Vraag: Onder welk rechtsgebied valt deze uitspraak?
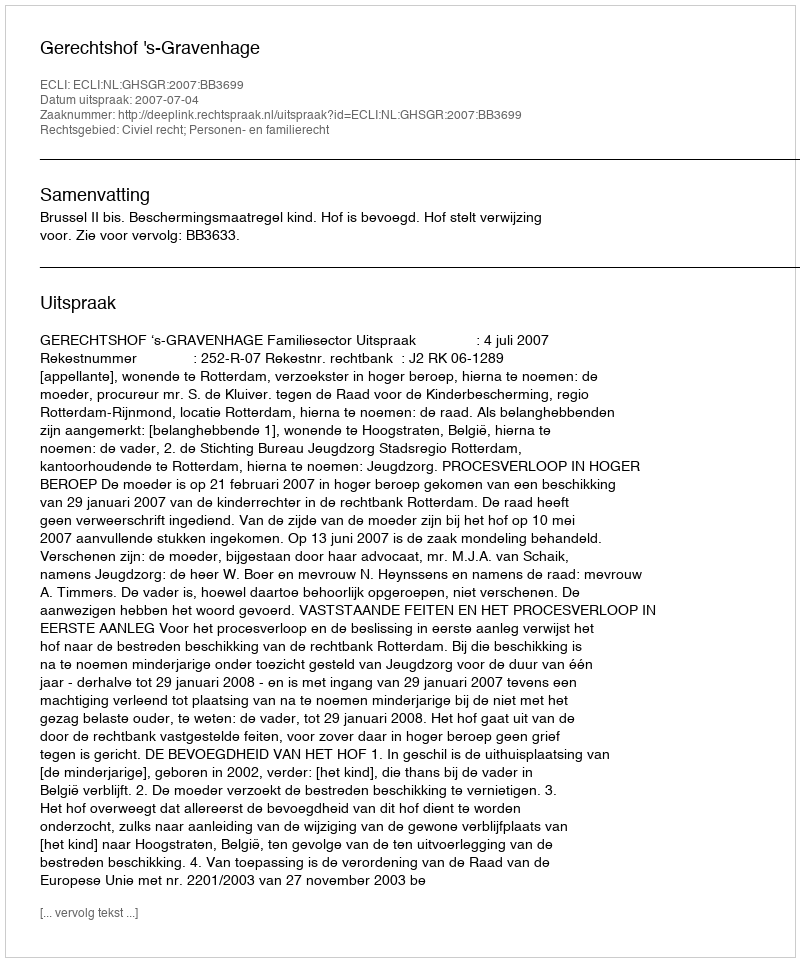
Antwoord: Civiel recht; Personen- en familierecht